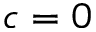
c = 0